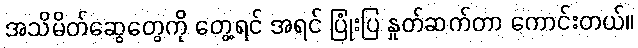
အသိမိတ်ဆွေတွေကို တွေ့ရင် အရင် ပြုံးပြ နှုတ်ဆက်တာ ကောင်းတယ်။